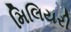
મિલિયરી